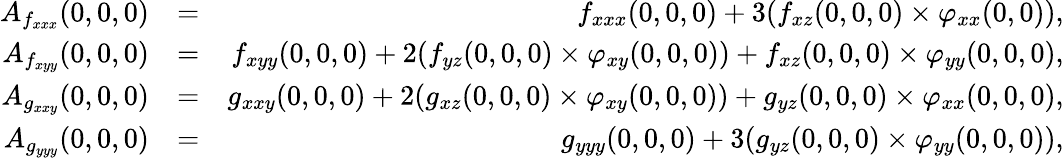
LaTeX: \begin{array}{rlr}{A_{f_{xxx}}(0,0,0)}&{=}&{f_{xxx}(0,0,0)+3(f_{xz}(0,0,0)\times\varphi_{xx}(0,0)),}\\ {A_{f_{xyy}}(0,0,0)}&{=}&{f_{xyy}(0,0,0)+2(f_{yz}(0,0,0)\times\varphi_{xy}(0,0,0))+f_{xz}(0,0,0)\times\varphi_{yy}(0,0,0),}\\ {A_{g_{xxy}}(0,0,0)}&{=}&{g_{xxy}(0,0,0)+2(g_{xz}(0,0,0)\times\varphi_{xy}(0,0,0))+g_{yz}(0,0,0)\times\varphi_{xx}(0,0,0),}\\ {A_{g_{yyy}}(0,0,0)}&{=}&{g_{yyy}(0,0,0)+3(g_{yz}(0,0,0)\times\varphi_{yy}(0,0,0)),}\end{array}